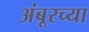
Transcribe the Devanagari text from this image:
अंबूरच्या